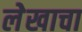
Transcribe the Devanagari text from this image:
लेेखाचा